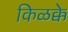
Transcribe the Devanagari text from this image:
किळक्के